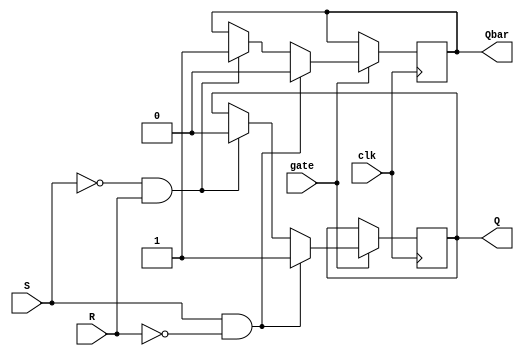
module gated_sr_flip_flop (
    input clk,
    input S,
    input R,
    input gate,
    output reg Q,
    output reg Qbar
);

always @(posedge clk) begin
    if(gate) begin
        if(S & !R) begin
            Q <= 1;
            Qbar <= 0;
        end else if(!S & R) begin
            Q <= 0;
            Qbar <= 1;
        end else begin
            Q <= Q;
            Qbar <= Qbar;
        end
    end else begin
        Q <= Q;
        Qbar <= Qbar;
    end
end

endmodule